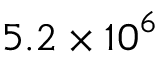
5 . 2 \times { { 1 0 } ^ { 6 } }